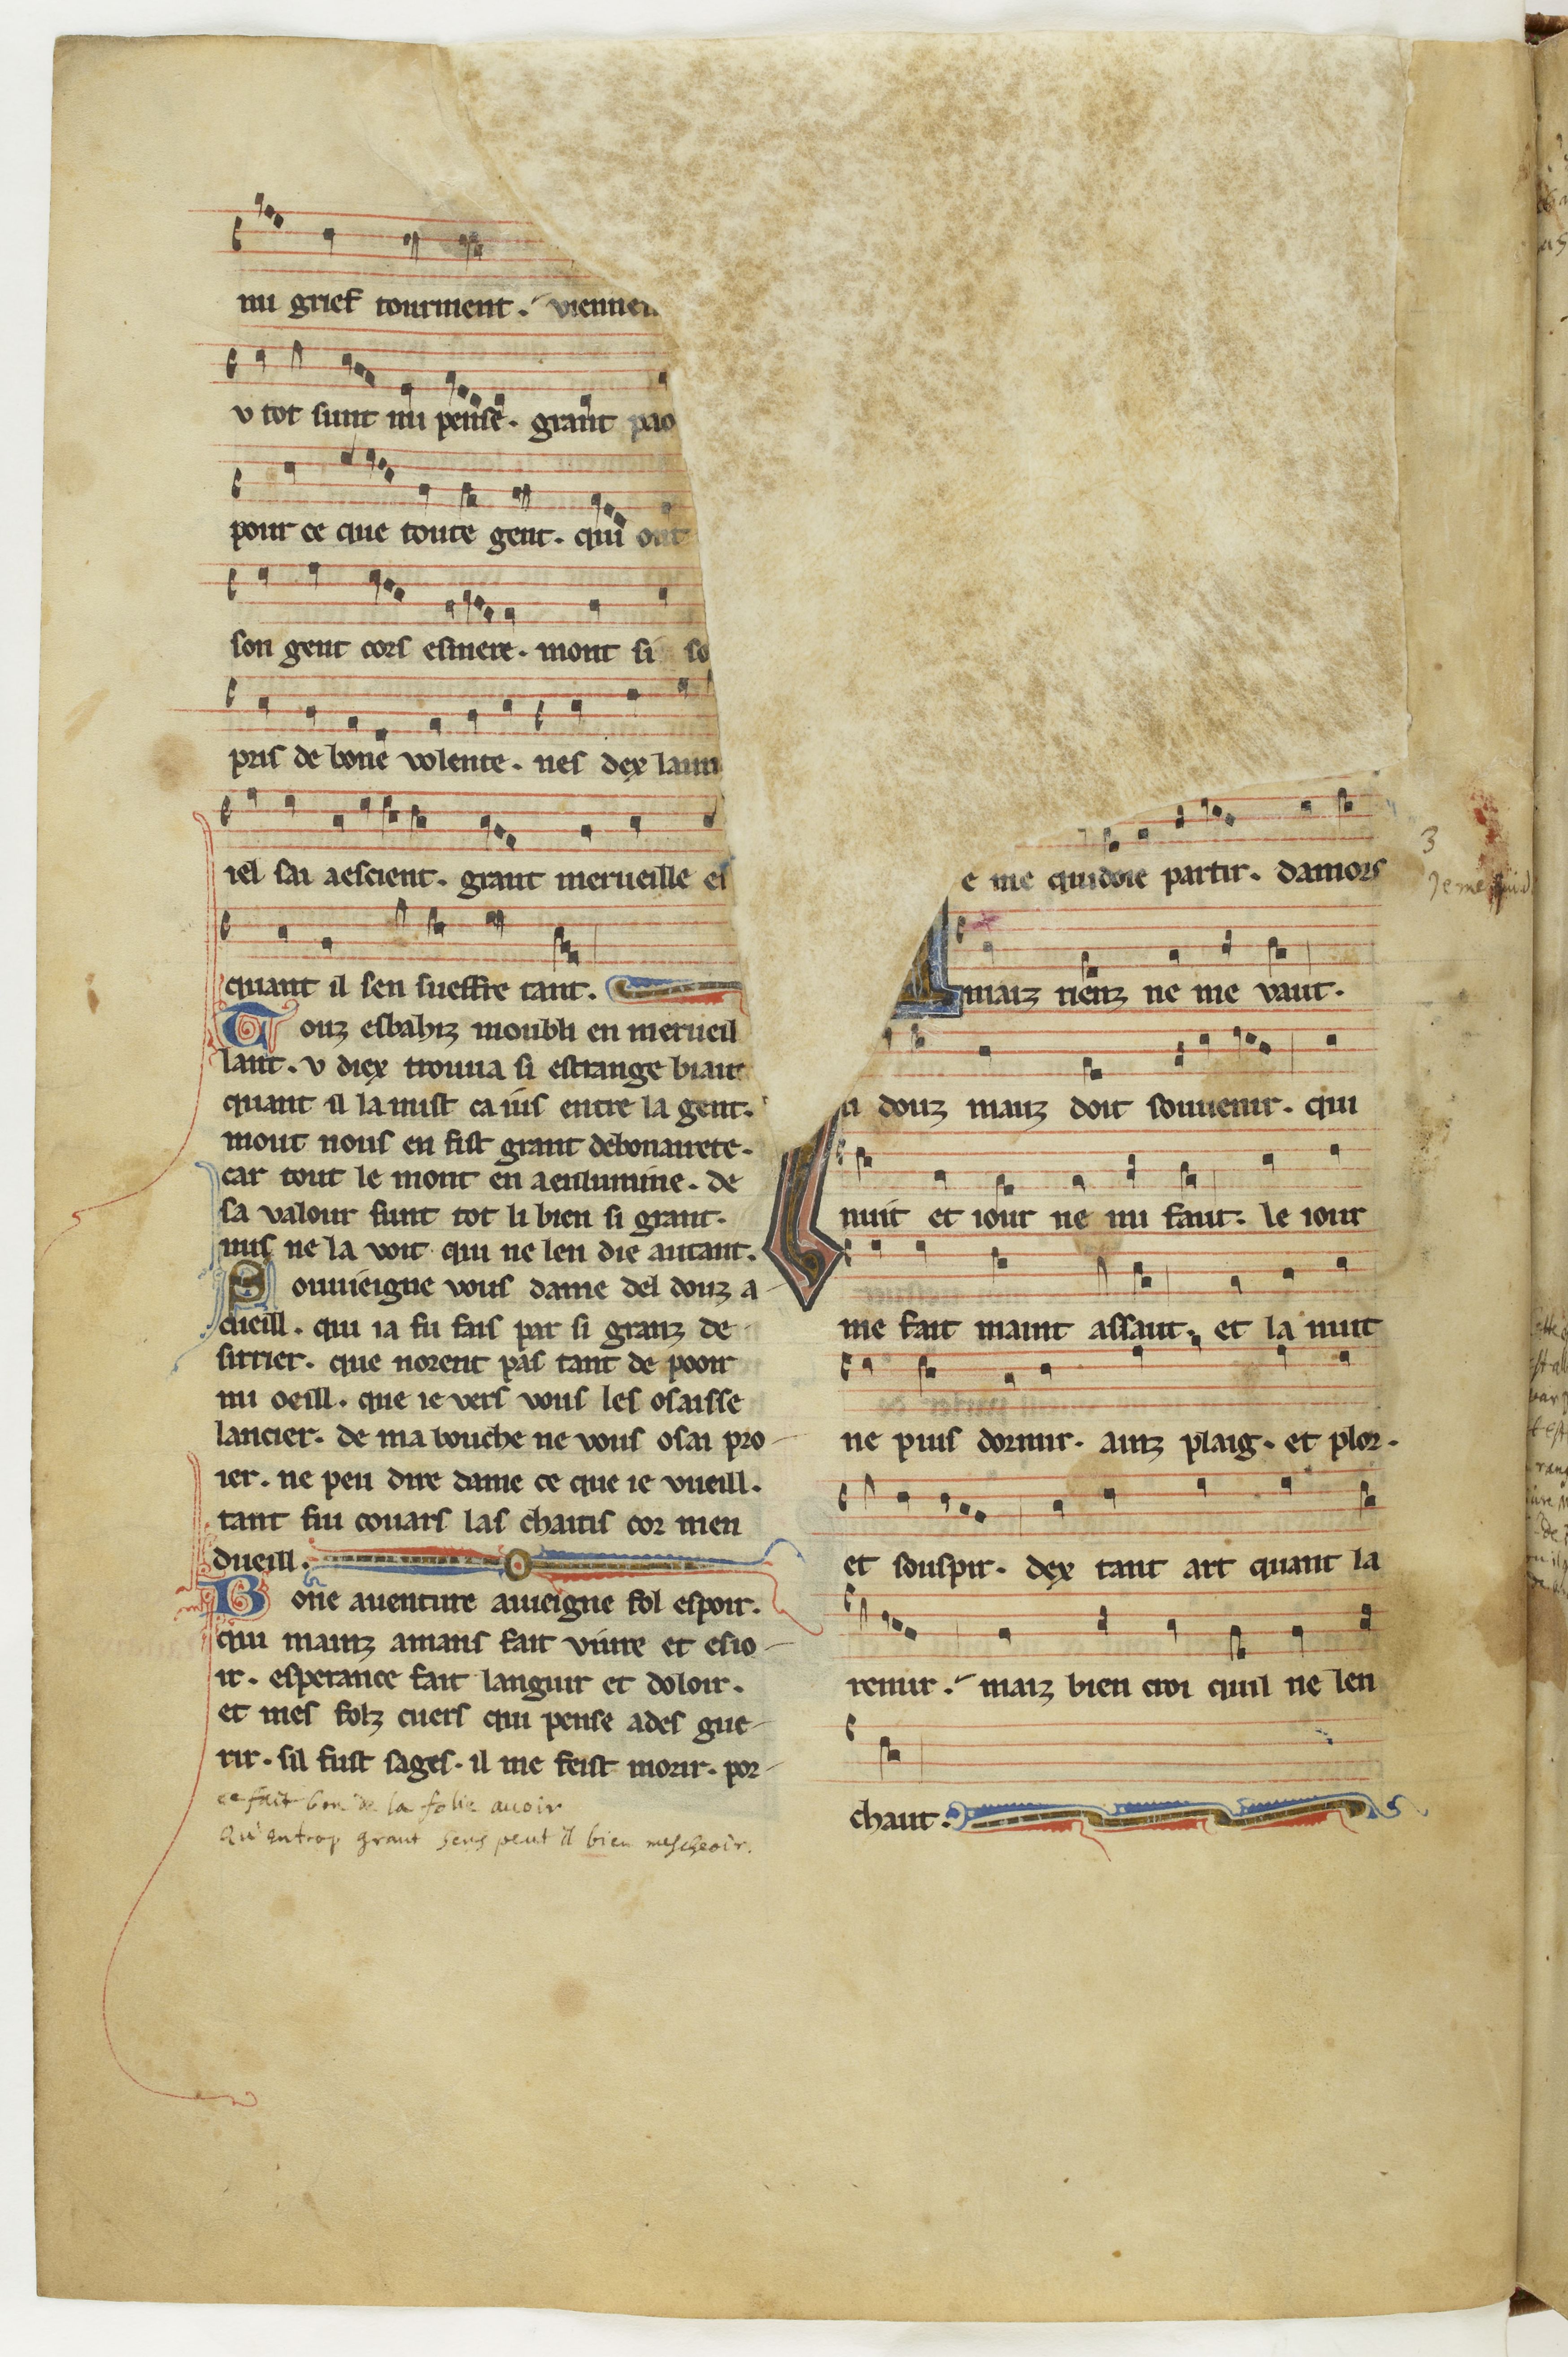
Shelfmark: Paris, BnF, fr. 844
Century: 13